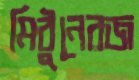
মিঠুনেরজ